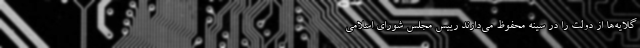
گلایه‌ها از دولت را در سینه محفوظ می‌دارند رییس مجلس شورای اسلامی